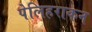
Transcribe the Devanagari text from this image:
पेलिहराकन